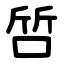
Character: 啠